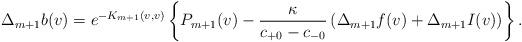
LaTeX: \begin{align*} \Delta_{m+1}b(v)=e^{-K_{m+1}(v,v)}\left\{P_{m+1}(v)-\frac{\kappa}{c_{+0}-c_{-0}}\left(\Delta_{m+1}f(v)+\Delta_{m+1}I(v)\right)\right\}.\end{align*}